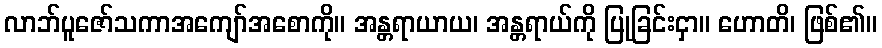
လာဘ်ပူဇော်သကာအကျော်အစောကို။ အန္တရာယာယ၊ အန္တရာယ်ကို ပြုခြင်းငှာ။ ဟောတိ၊ ဖြစ်၏။